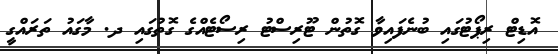
އޮޑިޓް ރިޕޯޓުގައި ބުނެފައިވާ ގޮތުން ޓޫރިސްޓު ރިސޯޓެއްގެ ގޮތުގައި ދ. މާގައު ތަރައްގީ